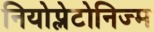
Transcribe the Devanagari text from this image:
नियोप्लेटोनिज्म